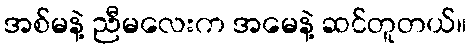
အစ်မနဲ့ ညီမလေးက အမေနဲ့ ဆင်တူတယ်။